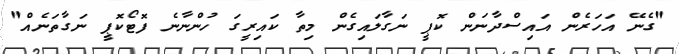
"ގެނޭ އަހަރެން އައިސްދާނަން ކޮޕީ ނަގާލައިގެން މިތާ ކައިރީގަ ހުންނާނެ ފޮޓޯކޮޕީ ނަގާތަނެއް"